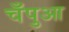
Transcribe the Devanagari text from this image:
चँपुआ